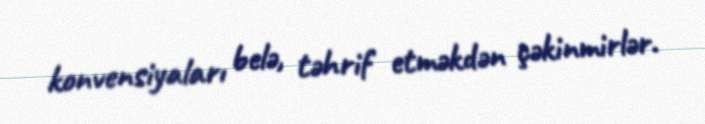
konvensiyaları belə, təhrif etməkdən çəkinmirlər.